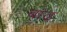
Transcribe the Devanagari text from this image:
बांढ